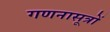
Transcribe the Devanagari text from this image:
गणनासूत्रों